Lunatic asylums Central Provinces reports 1895-1909 - 1895-1909
Year: 1895
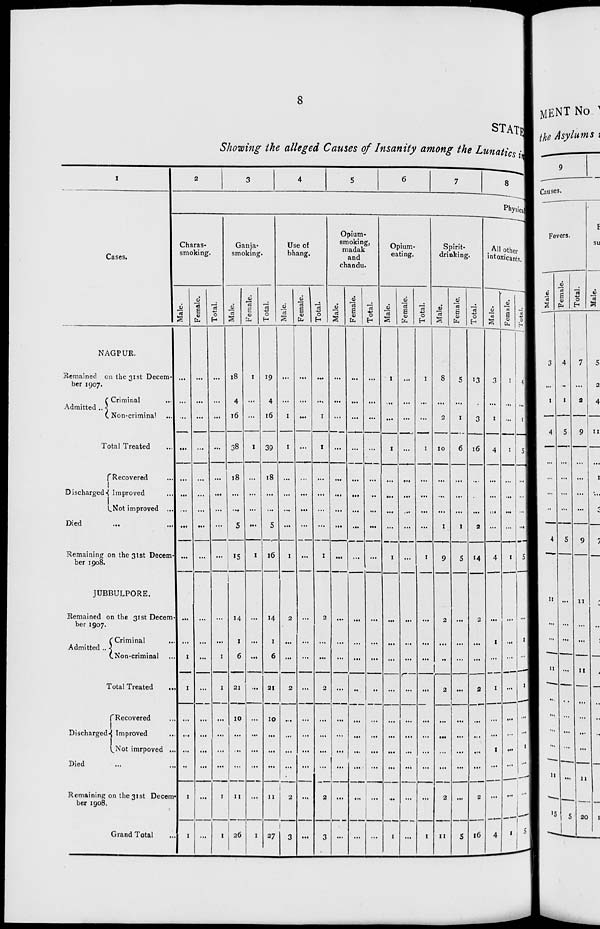
8
STATE
Showing the alleged Causes of Insanity among the Lunatics in
1
Cases.
NAGPUR.
Remained on the 31st Decem-
ber 1907.
Admitted ...
Criminal ...
Non-criminal ...
Total Treated ...
Discharged
Recovered ...
Improved ...
Not improved ...
Died
...
...
Remaining on the 31st Decem-
ber 1908.
JUBBULPORE.
Remained on the 31st Decern
ber 1907.
Admitted ..
Criminal ...
Non-criminal ...
Total Treated
...
Discharged
Recovered ...
Improved ...
Not imrpoved ...
Died ... ...
Remaining on the 31st Decem-
ber 1908.
Grand Total ...
2
3
4
5
6
7
8
Physica
Charas-
smoking.
Male.
...
...
...
...
...
...
...
...
...
...
...
1
1
...
...
...
...
1
1
Female.
...
...
...
...
...
...
...
...
...
...
...
...
...
...
...
...
...
...
...
Total.
...
...
...
...
...
...
...
...
...
...
...
1
1
...
...
...
...
1
1
Ganja-
smoking.
Male.
18
4
16
38
18
...
...
5
15
14
1
6
21
10
...
...
...
11
26
Female.
1
...
...
1
...
...
...
...
1
...
...
...
...
...
...
...
...
...
1
Total.
19
4
16
39
18
...
...
5
16
14
1
6
21
10
...
...
...
11
27
Use of
bhang.
Male.
...
...
1
1
...
...
...
...
1
2
...
...
2
...
...
...
...
2
3
Female.
...
...
...
...
...
...
...
...
...
...
...
...
...
...
...
...
...
...
...
Total.
...
...
1
1
...
...
...
...
1
2
...
...
2
...
...
...
...
2
3
Opium-
smoking,
madak
and
chandu.
Male.
...
...
...
...
...
...
...
...
...
...
...
...
...
...
...
...
...
...
...
Female.
...
...
...
...
...
...
...
...
...
...
...
...
...
...
...
...
...
...
...
Total.
...
...
...
...
...
..
...
...
...
...
...
...
..
...
...
...
...
...
...
Opium-
eating.
Male.
1
...
...
1
...
...
...
...
1
...
...
...
...
...
...
...
...
...
1
Female.
...
...
...
...
...
...
...
...
...
...
...
...
...
...
...
...
...
...
...
Total.
1
...
...
1
...
...
...
...
1
...
...
...
...
...
...
...
...
...
1
Spirit-
drinking.
Male.
8
...
2
10
...
...
...
1
9
2
...
...
2
...
...
...
...
2
11
Female.
5
...
1
6
...
...
...
1
5
...
...
...
...
...
...
...
...
...
5
Total.
13
...
3
16
...
...
...
2
14
2
...
...
2
...
...
...
...
2
16
All other
intoxicants.
Male.
3
...
1
4
...
...
...
...
4
...
1
...
1
...
...
1
...
...
4
Female.
1
...
...
1
...
...
...
...
1
...
...
...
...
...
...
...
...
...
1
Total.
4
...
1
5
...
...
...
...
5
...
1
...
1
...
...
1
...
...
5